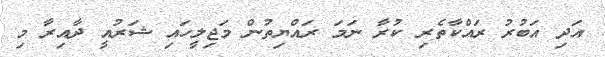
އަދި އަބުރު ރައްކާތެރި ކުރާ ނަމަ ރައްޔިތުން މަޖިލީހައި ޝަރުއީ ދާއިރާ މި